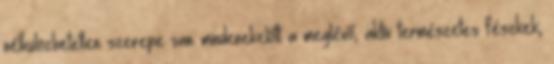
nélkülözhetetlen szerepe van: mindenekelőtt a meglévő, aktív természetes fészkek,